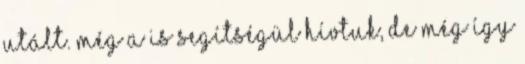
utált. Még a is segítségül hívtuk, de még így